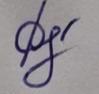
Signature authenticity: genuine